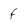
Character: F